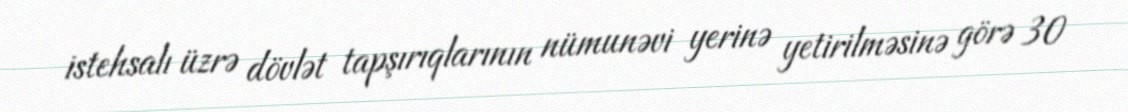
istehsalı üzrə dövlət tapşırıqlarının nümunəvi yerinə yetirilməsinə görə 30